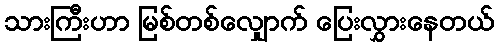
သားကြီးဟာ မြစ်တစ်လျှောက် ပြေးလွှားနေတယ်